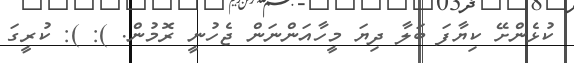
ކުޅެންށޭ ކިޔާފަ ބަލާ ދިޔަ މީހާއަންނަން ޖެހުނީ ރޮމުން. ): ): ކުރީގަ